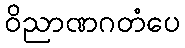
ဝိညာဏဂတံပေ